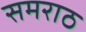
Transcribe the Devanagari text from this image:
समराठ